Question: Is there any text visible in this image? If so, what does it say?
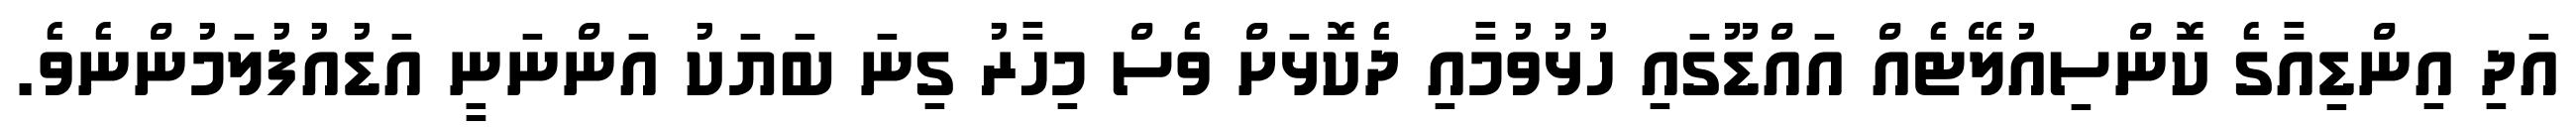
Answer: އަދި އިންޑިއާގެ ކޮންސިއުލޭޓެއް އައްޑޫގައި ހުޅުވުމާއި ދެކޮޅަށް ވެސް މިހާރު ގިނަ ބަޔަކު އަންނަނީ އަޑުއުފުލަމުންނެވެ.